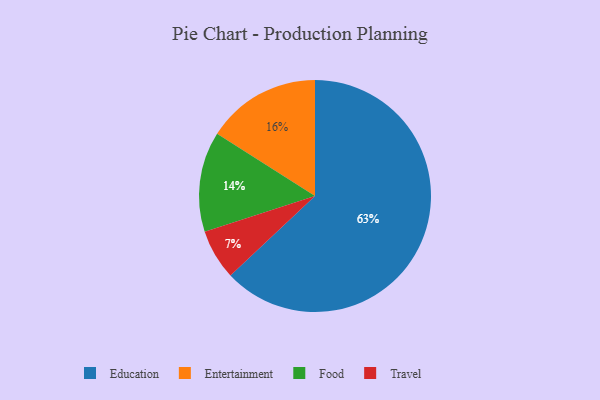
{"axis": {"x": "Category", "y": "Percentage"}, "legend": ["Education", "Entertainment", "Food", "Travel"], "data": [{"x": "Food", "y": 14, "type": "Food"}, {"x": "Entertainment", "y": 16, "type": "Entertainment"}, {"x": "Education", "y": 63, "type": "Education"}, {"x": "Travel", "y": 7, "type": "Travel"}]}